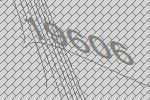
19606